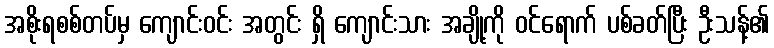
အစိုးရစစ်တပ်မှ ကျောင်းဝင်း အတွင်း ရှိ ကျောင်းသား အချို့ကို ဝင်ရောက် ပစ်ခတ်ပြီး ဦးသန့်၏